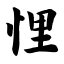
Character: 悝